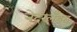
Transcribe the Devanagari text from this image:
नेदरलँड्स्